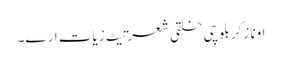
اونا زکر بلوچی خلقی شعرتیٹ زیات ارے۔